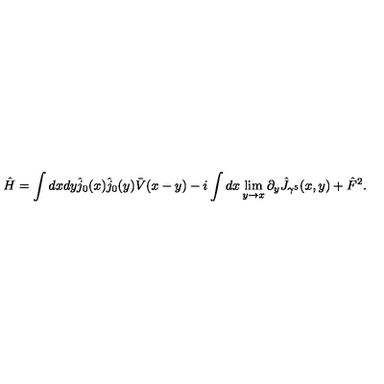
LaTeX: \hat { H } = \int d x d y \hat { j } _ { 0 } ( x ) \hat { j } _ { 0 } ( y ) \bar { V } ( x - y ) - i \int d x \lim _ { y \rightarrow x } \partial _ { y } \hat { J } _ { \gamma ^ { 5 } } ( x , y ) + \hat { F } ^ { 2 } .